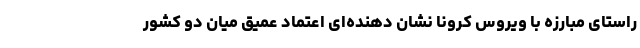
راستای مبارزه با ویروس کرونا نشان دهنده‌ای اعتماد عمیق میان دو کشور